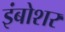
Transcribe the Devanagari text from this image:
इंबोशर